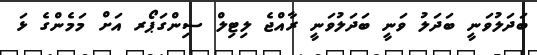
ބަދަލުވަނީ ބަދަލު ވަނީ ބަަދަލުވަނީ ރާއްޖެ ލިޓިލް ސިންގަޕޯރ އަށް މަމެންގެ ޅަ